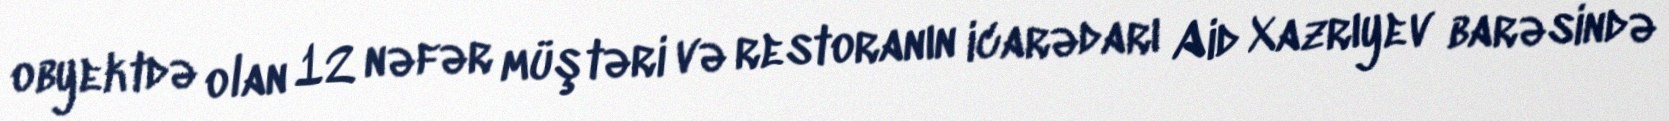
obyektdə olan 12 nəfər müştəri və restoranın icarədarı Aid Xazrıyev barəsində